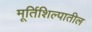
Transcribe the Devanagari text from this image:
मूर्तिशिल्पातील